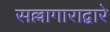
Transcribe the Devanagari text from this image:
सल्लागाराद्वारे